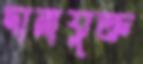
দানাযুক্ত